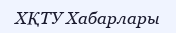
ХҚТУ Хабарлары